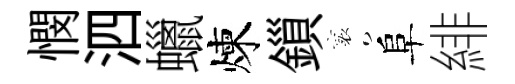
憫泗蠟煉鎻襄阜緋